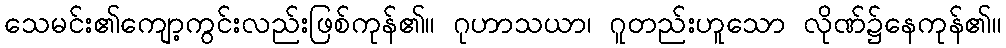
သေမင်း၏ကျော့ကွင်းလည်းဖြစ်ကုန်၏။ ဂုဟာသယာ၊ ဂူတည်းဟူသော လိုဏ်၌နေကုန်၏။